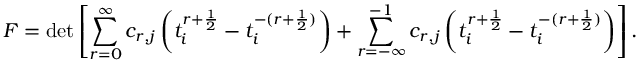
{ \cal F } = \operatorname * { d e t } \left[ \sum _ { r = 0 } ^ { \infty } c _ { r , j } \left( t _ { i } ^ { r + \frac { 1 } { 2 } } - t _ { i } ^ { - ( r + \frac { 1 } { 2 } ) } \right) + \sum _ { r = - \infty } ^ { - 1 } c _ { r , j } \left( t _ { i } ^ { r + \frac { 1 } { 2 } } - t _ { i } ^ { - ( r + \frac { 1 } { 2 } ) } \right) \right] .